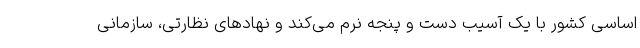
اساسی کشور با یک آسیب دست و پنجه نرم می‌کند و نهاد‌های نظارتی، سازمانی